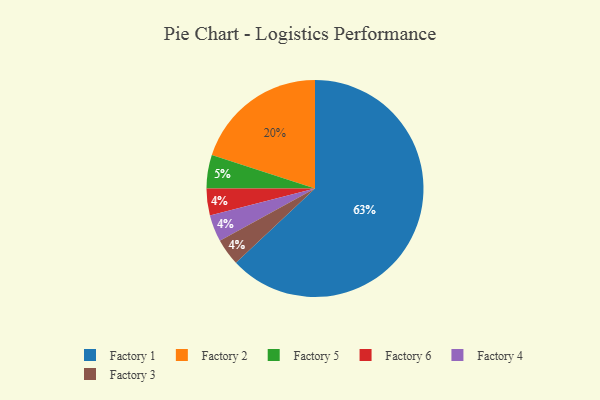
{"axis": {"x": "Category", "y": "Percentage"}, "legend": ["Factory 1", "Factory 2", "Factory 3", "Factory 4", "Factory 5", "Factory 6"], "data": [{"x": "Factory 5", "y": 5, "type": "Factory 5"}, {"x": "Factory 6", "y": 4, "type": "Factory 6"}, {"x": "Factory 4", "y": 4, "type": "Factory 4"}, {"x": "Factory 3", "y": 4, "type": "Factory 3"}, {"x": "Factory 2", "y": 20, "type": "Factory 2"}, {"x": "Factory 1", "y": 63, "type": "Factory 1"}]}